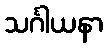
သင်္ဂါယနာ